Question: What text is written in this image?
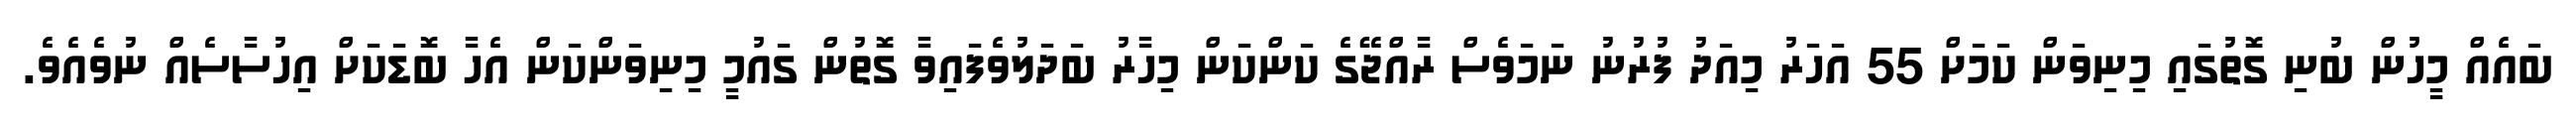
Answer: ބައެއް މީހުން ބުނި ގޮތުގައި މިނިވަން ކަމަށް 55 އަހަރު މިއަދު ފުރުނު ނަމަވެސް ރާއްޖޭގެ ކަންކަން މިހާރު ބަދަލުވެފައިވާ ގޮތުން ގައުމީ މިނިވަންކަން އެހާ ބޮޑަކަށް އިހުސާސެއް ނުވެއެވެ.